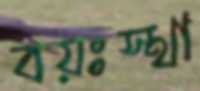
বয়ঃস্থা